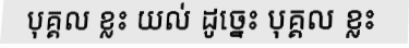
បុគ្គល ខ្លះ យល់ ដូច្នេះ បុគ្គល ខ្លះ